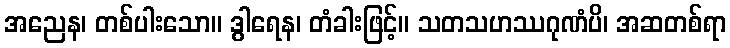
အညေန၊ တစ်ပါးသော။ ဒွါရေန၊ တံခါးဖြင့်။ သတသဟဿဂုဏံပိ၊ အဆတစ်ရာ